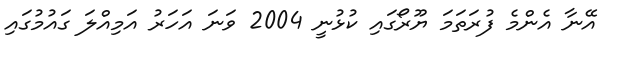
އޭނާ އެންމެ ފުރަތަމަ ޔޫރޯގައި ކުޅުނީ 2004 ވަނަ އަހަރު އަމިއްލަ ގައުމުގައި